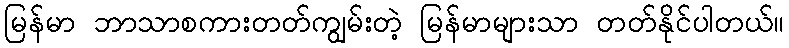
မြန်မာ ဘာသာစကားတတ်ကျွမ်းတဲ့ မြန်မာများသာ တတ်နိုင်ပါတယ်။